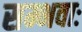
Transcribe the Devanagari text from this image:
सम्भवाः